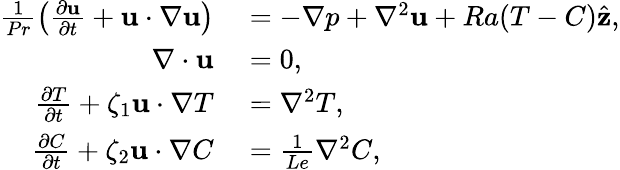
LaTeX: \begin{array}{rl}{\frac{1}{Pr}\left(\frac{\partial\mathbf{u}}{\partial t}+\mathbf{u}\cdot\nabla\mathbf{u}\right)}&{{}=-\nabla p+\nabla^{2}\mathbf{u}+Ra(T-C)\hat{\mathbf{z}},}\\ {\nabla\cdot\mathbf{u}}&{{}=0,}\\ {\frac{\partial T}{\partial t}+\zeta_{1}\mathbf{u}\cdot\nabla T}&{{}=\nabla^{2}T,}\\ {\frac{\partial C}{\partial t}+\zeta_{2}\mathbf{u}\cdot\nabla C}&{{}=\frac{1}{Le}\nabla^{2}C,}\end{array}